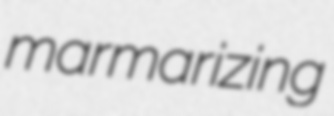
marmarizing